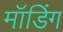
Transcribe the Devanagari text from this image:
मॉडिंग